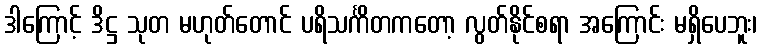
ဒါကြောင့် ဒိဋ္ဌ သုတ မဟုတ်တောင် ပရိသင်္ကိတကတော့ လွတ်နိုင်စရာ အကြောင်း မရှိပေဘူး၊